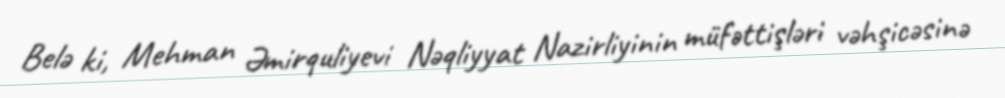
Belə ki, Mehman Əmirquliyevi Nəqliyyat Nazirliyinin müfəttişləri vəhşicəsinə